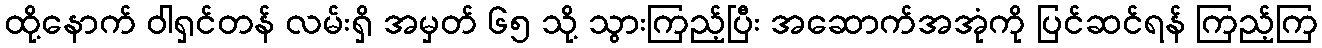
ထို့နောက် ဝါရှင်တန် လမ်းရှိ အမှတ် ၆၅ သို့ သွားကြည့်ပြီး အဆောက်အအုံကို ပြင်ဆင်ရန် ကြည့်ကြ